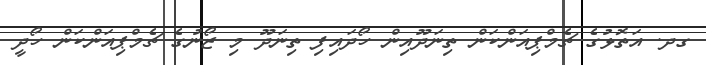
ގދ. އަތޮޅުގެ ޗެމްޕިއަންކަން ތިނަދޫއިން ހޯދައިފި ތިނަދޫ މި ޒޯނުގެ ޗެމްޕިއަންކަން ހޯދީ